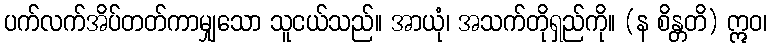
ပက်လက်အိပ်တတ်ကာမျှသော သူငယ်သည်။ အာယုံ၊ အသက်တိုရှည်ကို။ (န စိန္တတိ) ဣဝ၊